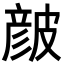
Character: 𥀆